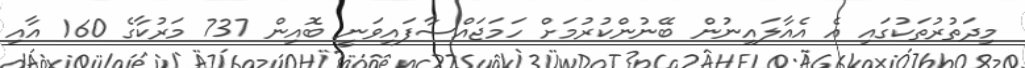
މިދަތުރުތަކުގައި އެ އެއާލައިނުން ބޭނުންކުރުމަށް ހަމަޖައްސާފައިވަނީ ބޮއިން 737 މަރުކާގެ 160 އާއި